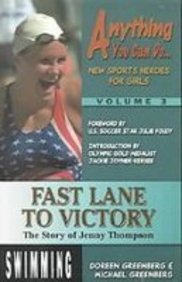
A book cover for Fast Lane to Victory: The Story of Jenny Thompson (Anything You Can Do); Doreen Greenberg; Teen & Young Adult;